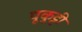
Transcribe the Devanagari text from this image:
पूकुट्टी